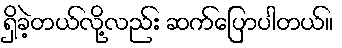
ရှိခဲ့တယ်လို့လည်း ဆက်ပြောပါတယ်။